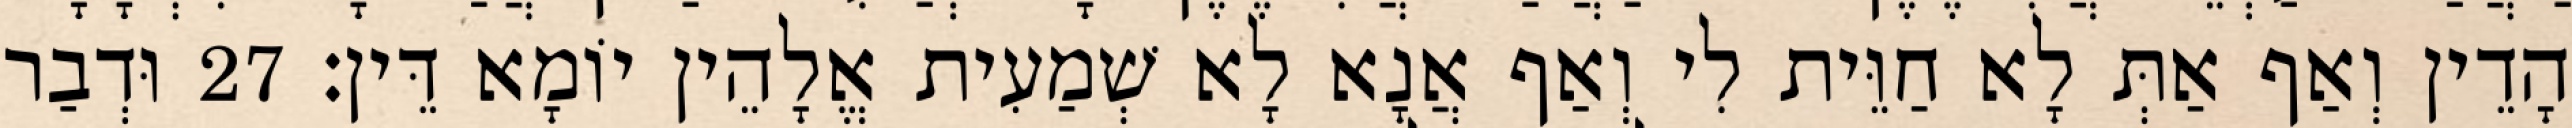
הָדֵין וְאַף אַתְּ לָא חַוֵּית לִי וְאַף אֲנָא לָא שְׁמַעִית אֱלָהֵין יוֹמָא דֵּין׃ 27 וּדְבַר